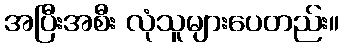
အပြီးအစီး လုံသူများပေတည်း။